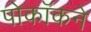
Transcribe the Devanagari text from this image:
पोकॉकने